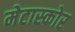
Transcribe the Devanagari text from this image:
मेटास्कोर